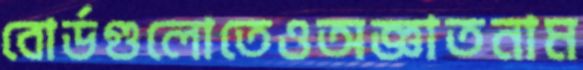
বোর্ডগুলোতেওঅজ্ঞাতনাম